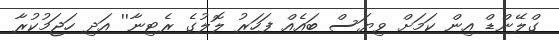
ގްލޭންޑް އިން ކަމަށް ވިޔަސް ބައެއް ފަހަރު ލޮލުގެ ރެޓިނާ'' އަދި ހަޖަމުކުރާ